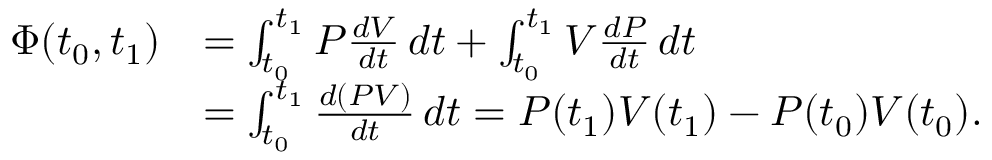
{ \begin{array} { r l } { \Phi ( t _ { 0 } , t _ { 1 } ) } & { = \int _ { t _ { 0 } } ^ { t _ { 1 } } P { \frac { d V } { d t } } \, d t + \int _ { t _ { 0 } } ^ { t _ { 1 } } V { \frac { d P } { d t } } \, d t } \\ & { = \int _ { t _ { 0 } } ^ { t _ { 1 } } { \frac { d ( P V ) } { d t } } \, d t = P ( t _ { 1 } ) V ( t _ { 1 } ) - P ( t _ { 0 } ) V ( t _ { 0 } ) . } \end{array} }